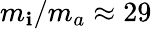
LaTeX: m_{\mathbf{i}}/m_{a}\approx29